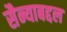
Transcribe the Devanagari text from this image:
सैन्याबद्दल